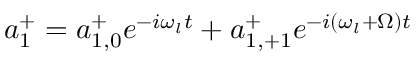
a _ { 1 } ^ { + } = a _ { 1 , 0 } ^ { + } e ^ { - i \omega _ { l } t } + a _ { 1 , + 1 } ^ { + } e ^ { - i ( \omega _ { l } + \Omega ) t }